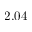
2 . 0 4